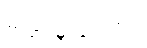
တရားရုံးရှေ့တွင်